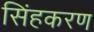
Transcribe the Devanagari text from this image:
सिंहकरण